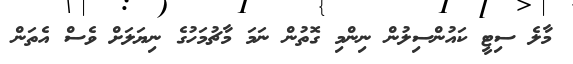
މާލެ ސިޓީ ކައުންސިލުން ނިންމި ގޮތުން ނަމަ މާޗުމަހުގެ ނިޔަލަށް ވެސް އެތަން